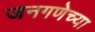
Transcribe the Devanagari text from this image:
जनगणेच्या